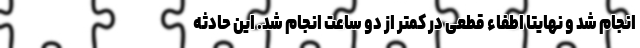
انجام شد و نهایتا اطفاء قطعی در کمتر از دو ساعت انجام شد. این حادثه